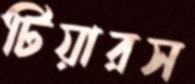
টিয়ারস